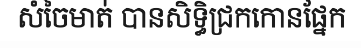
សំចៃមាត់ បានសិទ្ធិជ្រកកោនផ្នែក